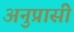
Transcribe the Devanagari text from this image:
अनुप्रासी